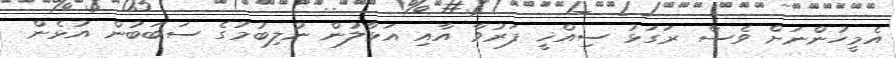
އެމީހުންނަށް ވެސް ރަގަޅު ސިއްޚީ ފަރުވާ އާއި އަޅާލުން ނުލިބުމުގެ ސަބަބުން އުޅެން